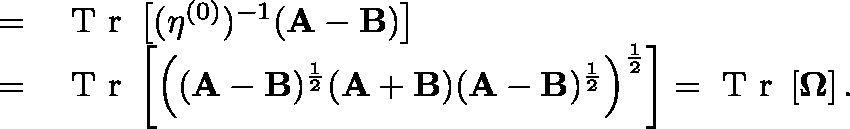
\begin{array} { r l } { = } & { { } \mathrm { ~ T ~ r ~ } \left[ ( \mathbf { \eta } ^ { ( 0 ) } ) ^ { - 1 } ( \mathbf { A - B } ) \right] } \\ { = } & { { } \mathrm { ~ T ~ r ~ } \left[ \left( ( \mathbf { A - B } ) ^ { \frac { 1 } { 2 } } ( \mathbf { A + B } ) ( \mathbf { A - B } ) ^ { \frac { 1 } { 2 } } \right) ^ { \frac { 1 } { 2 } } \right] = \mathrm { ~ T ~ r ~ } \left[ \mathbf { \Omega } \right] . } \end{array}